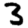
Digit: 3